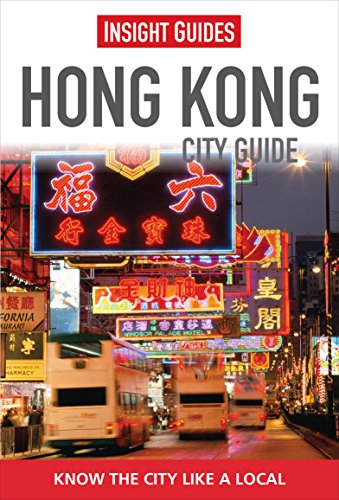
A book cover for Hong Kong (City Guide); Insight Guides; Travel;